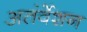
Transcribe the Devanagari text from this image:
अतंर्वेशन